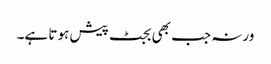
ورنہ جب بھی بجٹ پیش ہوتا ہے۔